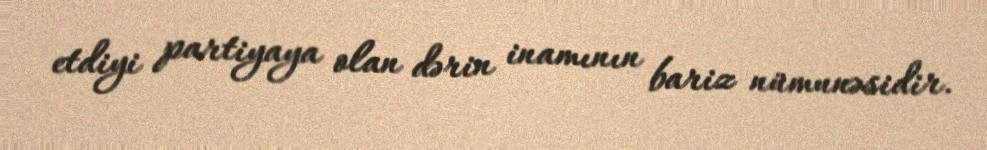
etdiyi partiyaya olan dərin inamının bariz nümunəsidir.